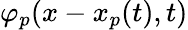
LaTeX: \varphi_{p}(x-x_{p}(t),t)